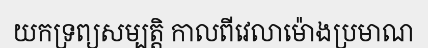
យកទ្រព្យសម្បត្តិ កាលពីវេលាម៉ោងប្រមាណ